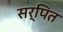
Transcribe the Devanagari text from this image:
सर्पित